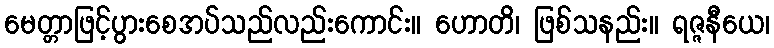
မေတ္တာဖြင့်ပွားစေအပ်သည်လည်းကောင်း။ ဟောတိ၊ ဖြစ်သနည်း။ ရဇ္ဇနီယေ၊